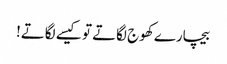
بیچارے کھوج لگاتے تو کیسے لگاتے!